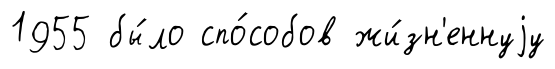
1955 бы́ло спо́собов жи́зн'еннуjу